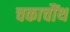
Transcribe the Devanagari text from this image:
चकाचौंथ